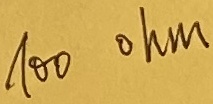
Text: 100 ohm